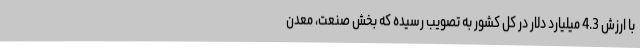
با ارزش 4.3 میلیارد دلار در کل کشور به تصویب رسیده که بخش صنعت، معدن